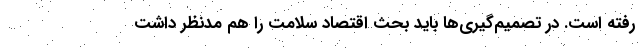
رفته است. در تصمیم‌گیری‌ها باید بحث اقتصاد سلامت را هم مدنظر داشت